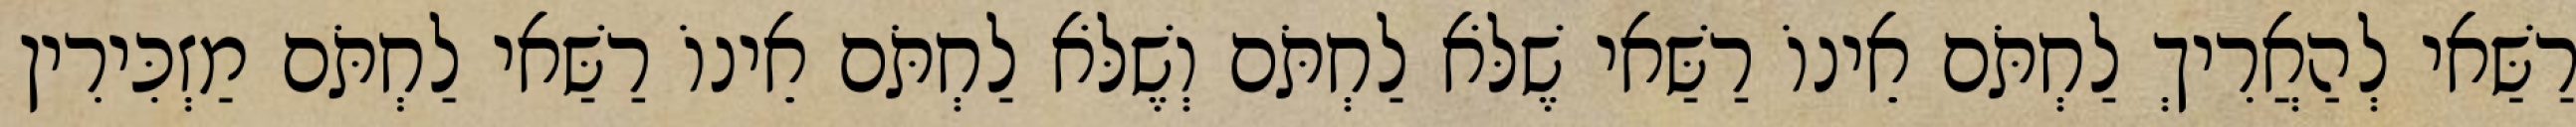
רַשַּׁאי לְהַאֲרִיךְ לַחְתֹּם אֵינוֹ רַשַּׁאי שֶׁלֹּא לַחְתֹּם וְשֶׁלֹּא לַחְתֹּם אֵינוֹ רַשַּׁאי לַחְתֹּם מַזְכִּירִין